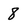
Character: 8